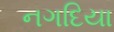
નગદિયા